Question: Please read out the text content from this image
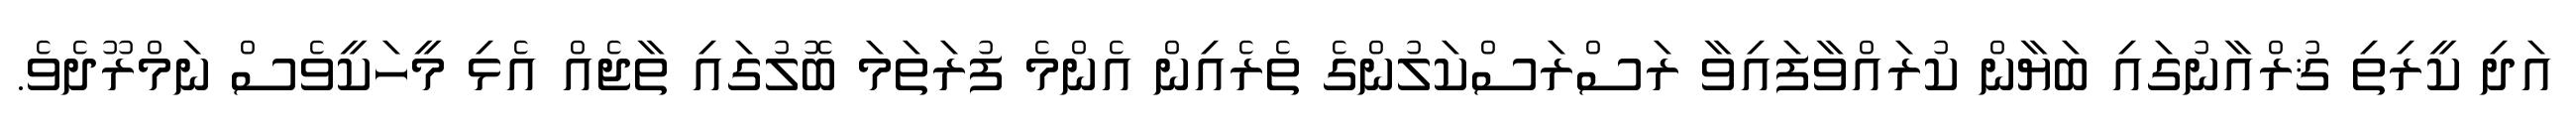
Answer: އަދި ކީރިތި ޤުރްއާނުގައި ބަޔާން ކުރައްވާފައިވާ ރަސްރަސްކަލުންގެ ތެރެއިން އެންމެ ފުރަތަމަ ބޮލުގައި ތާޖެއް އެޅި މީހަކީވެސް ނަމްރޫދެވެ.